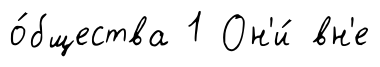
о́бщества 1 Он'и́ вн'е